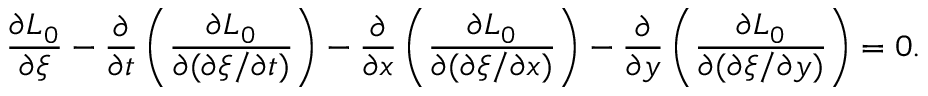
{ \frac { \partial { L _ { 0 } } } { \partial \xi } } - { \frac { \partial } { \partial { t } } } \left( { \frac { \partial { L _ { 0 } } } { \partial ( \partial \xi / \partial { t } ) } } \right) - { \frac { \partial } { \partial { x } } } \left( { \frac { \partial { L _ { 0 } } } { \partial ( \partial \xi / \partial { x } ) } } \right) - { \frac { \partial } { \partial { y } } } \left( { \frac { \partial { L _ { 0 } } } { \partial ( \partial \xi / \partial { y } ) } } \right) = 0 .